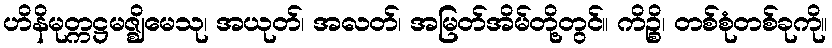
ဟိနိမုတ္ကဋ္ဌမဇ္ဈိမေသု၊ အယုတ်၊ အလတ်၊ အမြတ်အိမ်တို့တွင်။ ကိဉ္စိ၊ တစ်စုံတစ်ခုကို။